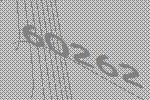
60262